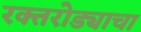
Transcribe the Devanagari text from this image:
रक्तरोड्याचा